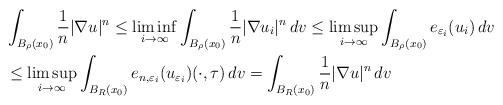
LaTeX: \begin{align*} & \int_{B_{\rho}(x_0)}\frac 1 n |\nabla u|^n \leq \liminf_{i\to\infty}\int_{B_{\rho}(x_0) } \frac 1 n |\nabla u_i|^n \,dv\leq\limsup_{i\to\infty}\int_{B_{\rho}(x_0) } e_{\varepsilon_i}(u_i)\,dv\\&\leq \limsup_{i\to\infty} \int_{B_{R}(x_0)} e_{n,\varepsilon_i}(u_{\varepsilon_i}) (\cdot , \tau )\,dv= \int_{B_{R}(x_0)} \frac 1 n |\nabla u|^n \,dv\end{align*}